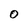
Character: o